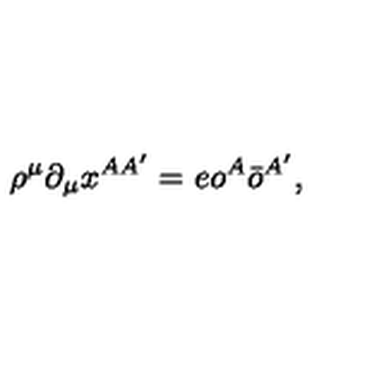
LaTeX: \rho ^ { \mu } \partial _ { \mu } x ^ { A A ^ { \prime } } = e o ^ { A } \bar { o } ^ { A ^ { \prime } } ,